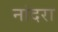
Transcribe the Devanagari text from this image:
नांदरा